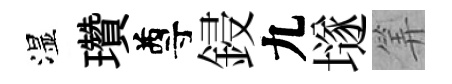
湿瓚尊鋟九𡑞筭